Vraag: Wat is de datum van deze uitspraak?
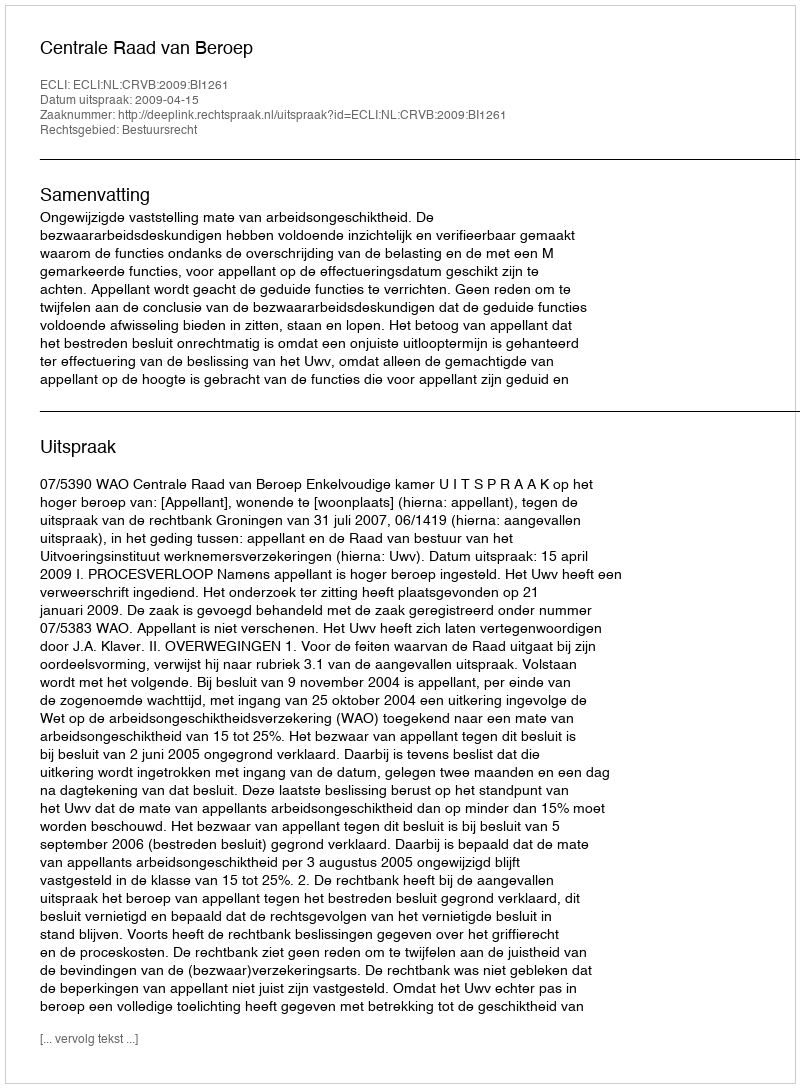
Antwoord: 2009-04-15